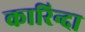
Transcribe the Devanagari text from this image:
कारिन्दा